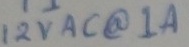
Text: 12VAC@1A